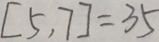
[ 5 , 7 ] = 3 5